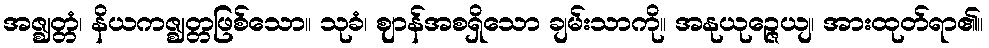
အဇ္ဈတ္တံ၊ နိယကဇ္ဈတ္တဖြစ်သော။ သုခံ၊ ဈာန်အစရှိသော ချမ်းသာကို။ အနုယုဉ္ဇေယျ၊ အားထုတ်ရာ၏။